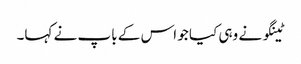
ٹینگو نے وہی کیا جو اس کے باپ نے کہا۔